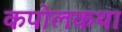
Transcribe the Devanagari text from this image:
कपोलकथा